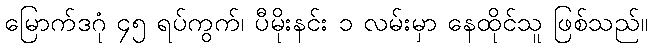
မြောက်ဒဂုံ ၄၅ ရပ်ကွက်၊ ပီမိုးနင်း ၁ လမ်းမှာ နေထိုင်သူ ဖြစ်သည်။